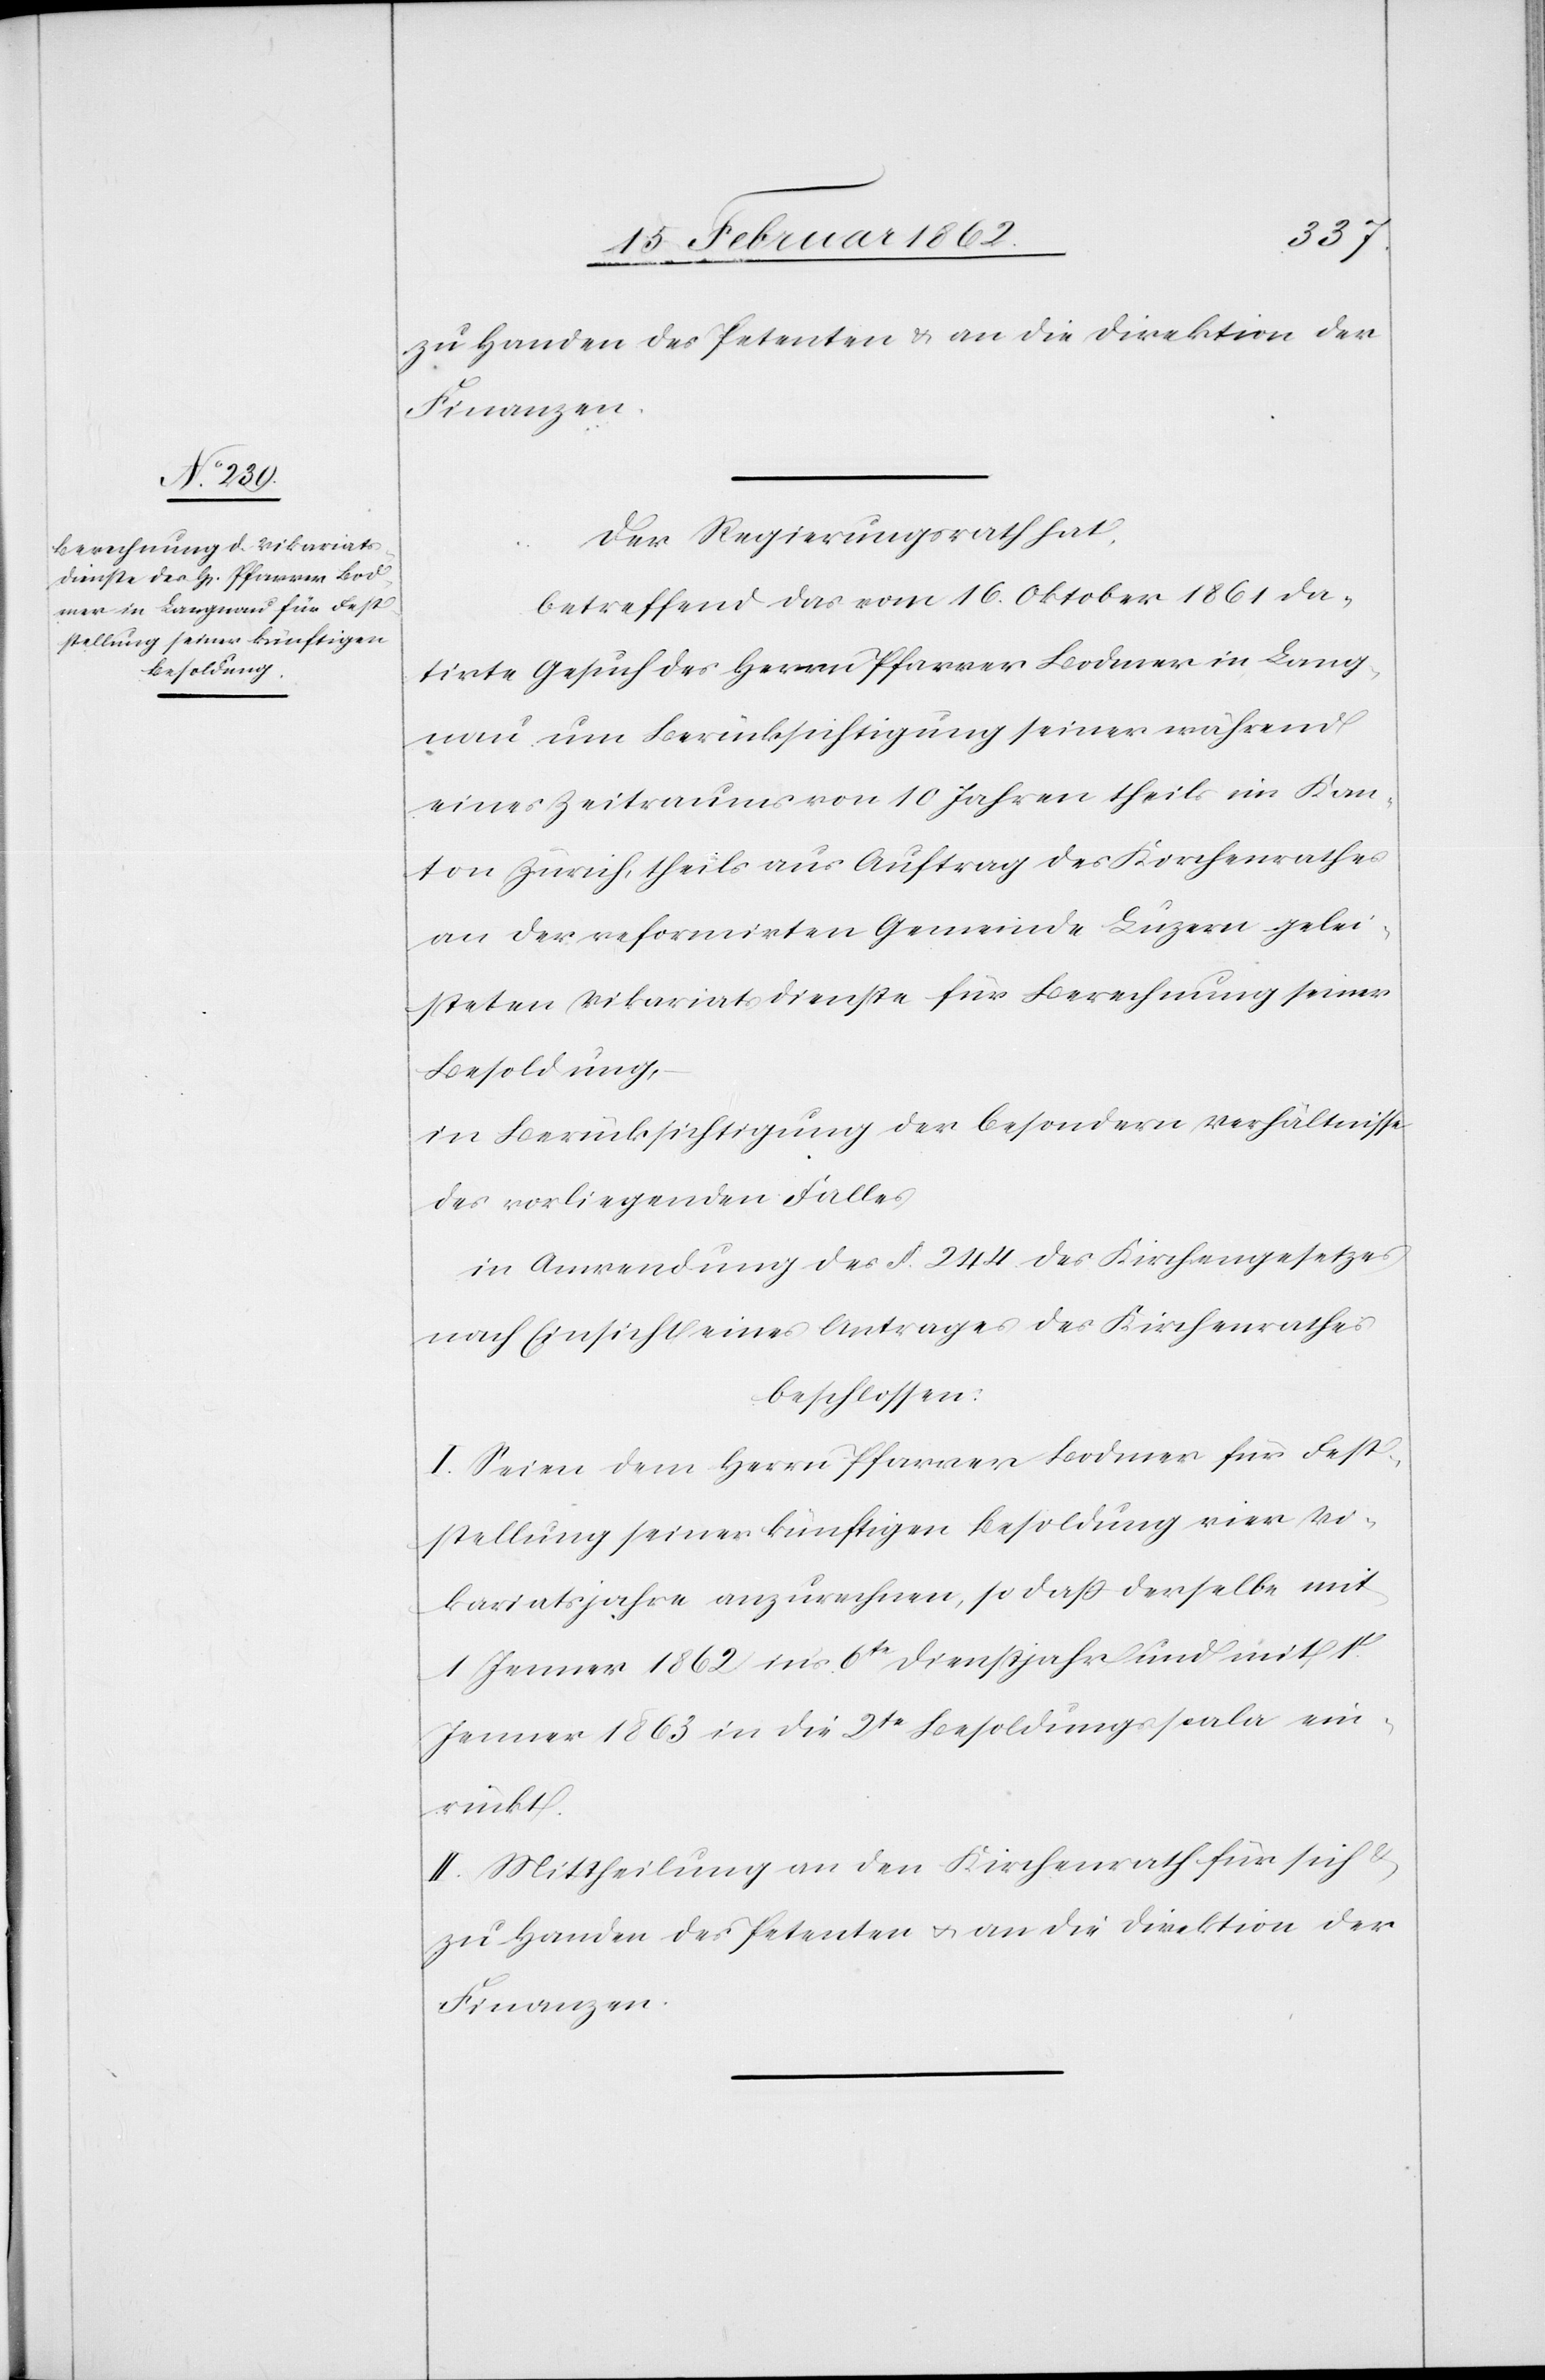
Besoldung,

zu Handen des Petenten & an die Direktion der
Finanzen.
Der Regierungsrath hat,
betreffend das vom 16. Oktober 1861 da¬
tirte Gesuch des Herrn Pfarrer Bodmer in Lang¬
nau um Berücksichtigung seiner während
eines Zeitraumes von 10 Jahren theils im Kan¬
ton Zürich, theils auf Auftrag des Kirchenrathes
an der reformirten Gemeinde Luzern gelei¬
steten Vikariatsdienste für Berechnung seiner
in Berücksichtigung der besondern Verhältnisse
des vorliegenden Falles
in Anwendung des §. 244 des Kirchgengesetzes
nach Einsicht eines Antrages des Kirchenrathes
beschlossen:
I. Seien dem Herrn Pfarrer Bodmer für Fest¬
stellung seiner künftigen Besoldung vier Vi¬
kariatsjahre anzurechnen, so daß derselbe mit
1 Jenner 1862 in’s 6te Dienstjahr und mit 1.
Jenner 1863 in die 2te Besoldungsscala ein¬
rückt.
II. Mittheilung an den Kirchenrath für sich &
zu Handen des Petenten u. an die Direktion der
Finanzen.